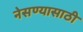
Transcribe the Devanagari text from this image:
नेसण्यासाठी